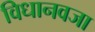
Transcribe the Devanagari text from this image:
विधानवजा